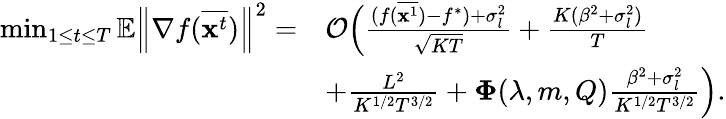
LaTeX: \begin{array}{rl}{\operatorname*{min}_{1\le t\le T}\mathbb{E}\left\| \nabla f(\overline{{\mathbf{x}^{t}}})\right\| ^{2}=}&{\mathcal{O}\Big(\frac{(f(\overline{{{\mathbf x}^{1}}})-f^{*})+\sigma_{l}^{2}}{\sqrt{KT}}+\frac{K(\beta^{2}+\sigma_{l}^{2})}{T}}\\ &{+\frac{L^{2}}{K^{1/2}T^{3/2}}+{\mathbf\Phi}(\lambda,m,Q)\frac{\beta^{2}+\sigma_{l}^{2}}{K^{1/2}T^{3/2}}\Big).}\end{array}